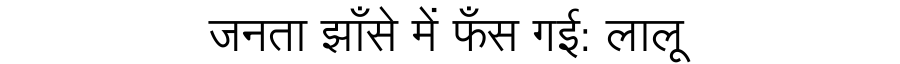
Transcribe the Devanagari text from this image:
जनता झाँसे में फँस गई: लालू